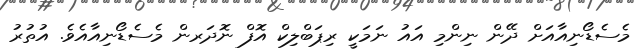
މެސެޑޯނިއާއަށް ދޭން ނިންމި އައު ނަމަކީ ރިޕަބްލިކް އޮފް ނޮދަރން މެސެޑޯނިއާއެވެ. އުތުރު